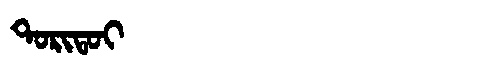
Manchu: ᡨᠣᡵᡳᡨᠣᡳ
Romanization: TORITOI